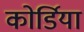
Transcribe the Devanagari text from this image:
कोर्डिया